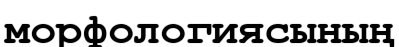
морфологиясының